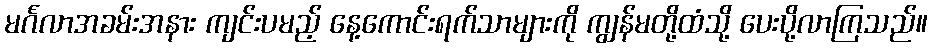
မင်္ဂလာအခမ်းအနား ကျင်းပမည့် နေ့ကောင်းရက်သာများကို ကျွန်မတို့ထံသို့ ပေးပို့လာကြသည်။